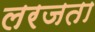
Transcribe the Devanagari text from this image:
लरजता